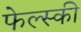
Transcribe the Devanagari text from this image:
फेल्स्की